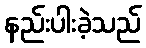
နည်းပါးခဲ့သည်